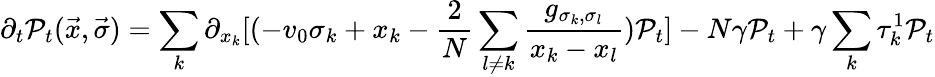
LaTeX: \partial_{t}{\cal P}_{t}(\vec{x},\vec{\sigma})=\sum_{k}\partial_{x_{k}}[(-v_{0}\sigma_{k}+x_{k}-\frac{2}{N}\sum_{l\neq k}\frac{g_{\sigma_{k},\sigma_{l}}}{x_{k}-x_{l}}){\cal P}_{t}]-N\gamma{\cal P}_{t}+\gamma\sum_{k}\tau_{k}^{1}{\cal P}_{t}